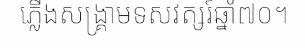
ភ្លើងសង្គ្រាមទសវត្សរ៍ឆ្នាំ៧០។